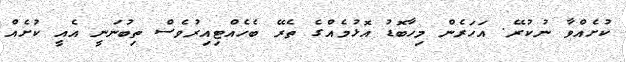
ކުށެއްވާ ނުކުރޭ. އަހަރެން މިހާބޮޑު އޮޅުމެއްގެ ތެރޭ ބެހެއްޓިއިރުވެސް ތިބުނަނީ އެއީ ކުށެއް